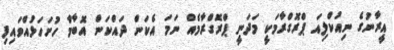
އީރާނުގެ ނިއުކްލިއަ ޕްރޮގްރާމަކީ މަދަނީ ޕްރޮގްރާމެއް ނަމަ އެކަން ދައްކަން އޮބާމާ ހުށަހަޅުއްވައިފި